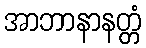
အာဘာနာနတ္တံ